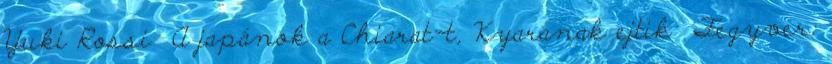
Yuki Rossi A japánok a Chiarat-t, Kyaranak ejtik Fegyver: